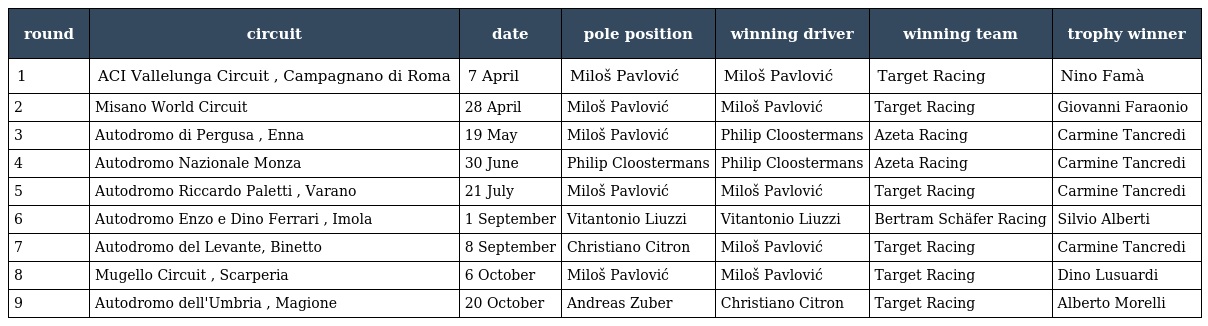
| round | circuit | date | pole position | winning driver | winning team | trophy winner |
 | --- | --- | --- | --- | --- | --- | --- |
 | 1 | ACI Vallelunga Circuit , Campagnano di Roma | 7 April | Miloš Pavlović | Miloš Pavlović | Target Racing | Nino Famà |
 | 2 | Misano World Circuit | 28 April | Miloš Pavlović | Miloš Pavlović | Target Racing | Giovanni Faraonio |
 | 3 | Autodromo di Pergusa , Enna | 19 May | Miloš Pavlović | Philip Cloostermans | Azeta Racing | Carmine Tancredi |
 | 4 | Autodromo Nazionale Monza | 30 June | Philip Cloostermans | Philip Cloostermans | Azeta Racing | Carmine Tancredi |
 | 5 | Autodromo Riccardo Paletti , Varano | 21 July | Miloš Pavlović | Miloš Pavlović | Target Racing | Carmine Tancredi |
 | 6 | Autodromo Enzo e Dino Ferrari , Imola | 1 September | Vitantonio Liuzzi | Vitantonio Liuzzi | Bertram Schäfer Racing | Silvio Alberti |
 | 7 | Autodromo del Levante, Binetto | 8 September | Christiano Citron | Miloš Pavlović | Target Racing | Carmine Tancredi |
 | 8 | Mugello Circuit , Scarperia | 6 October | Miloš Pavlović | Miloš Pavlović | Target Racing | Dino Lusuardi |
 | 9 | Autodromo dell'Umbria , Magione | 20 October | Andreas Zuber | Christiano Citron | Target Racing | Alberto Morelli |